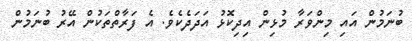
ބުނަމުން އައި މިންވަރާ މުޅިން އިދިކޮޅު އަދަދެކެވެ. އެ ފަރާތްތަކުން އޭރު ބުނަމުން